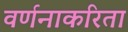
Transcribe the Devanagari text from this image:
वर्णनाकरिता